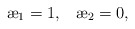
\begin{align*}{\ae}_1 = 1,\;\;\; {\ae}_2 = 0,\end{align*}